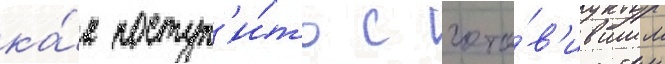
ка́к поступ'и́ть с гото́в'ившим